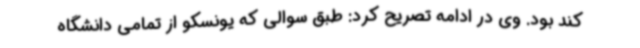
کند بود. وی در ادامه تصریح کرد: طبق سوالی که یونسکو از تمامی دانشگاه